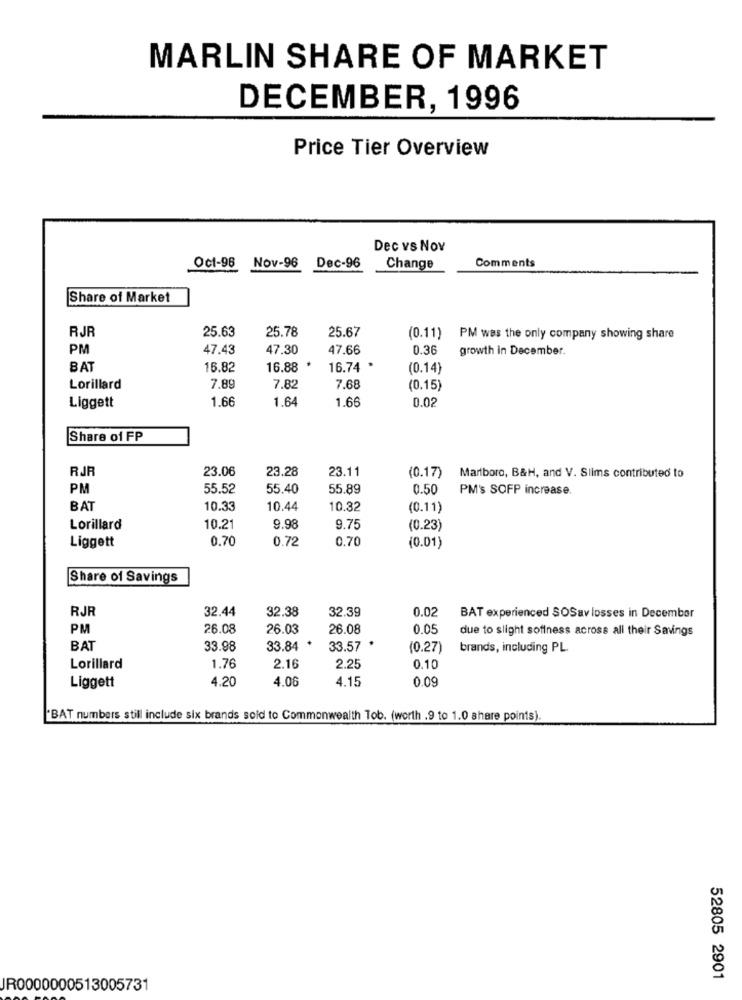
MARLIN SHARE OF MARKET
DECEMBER, 1996
Price Tier Overview
Dec vs Nov
Dec-96
Comments
Oct-96 Nov-96
Change
Share of Market
RJR
25.63
25.78
25.67
(0.11) PM was the only company showing share
PM
47.43
47.30
47.66
0.36
growth in December.
BAT
16.82
16.88 *
16.74 *
(0.14)
Lorillard
7.89
7.82
7.68
(0.15)
Liggett
1.66
1.64
1.66
0.02
Share of FP
RJR
23.06
23.28
23.11
(0.17)
Marlboro, B&H, and V. Silms contributed to
PM
55.52
55.40
55.89
0.50
PM's SOFP increase.
BAT
10.33
10.44
10.32
(0.11)
Lorillard
10.21
9.98
9.75
(0.23)
0.70
0.72
0.70
Liggett
(0.01)
Share of Savings
RJR
32.44
32.38
32.39
0.02
BAT experienced SOSav losses in December
PM
26.08
26.03
26.08
0.05
due to slight sofiness across all their Savings
BAT
33.98
33.84 *
33.57 *
(0.27)
brands, including PL.
Lorillard
1.76
2.16
2.25
0.10
4.20
4.06
4.15
0.09
Liggett
"BAT numbers still include six brands sold to Commonwealth Tob. (worth .9 to 1.0 share points).
52805 2901
JR0000000513005731